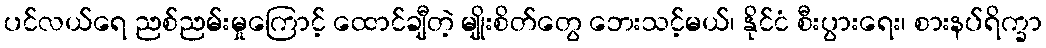
ပင်လယ်ရေ ညစ်ညမ်းမှုကြောင့် ထောင်ချီတဲ့ မျိုးစိတ်တွေ ဘေးသင့်မယ်၊ နိုင်ငံ စီးပွားရေး၊ စားနပ်ရိက္ခာ